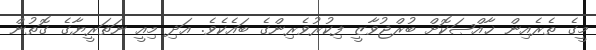
މީގެ ތެރެއިން ޚާއްޞަކޮށް ބުރްޖުވާޒީ ފިކުރުވެރިންގެ ބައެކެވެ. އަދި މިއީ ނަޡަރީޔާގެ ގޮތުން